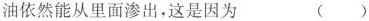
油依然能从里面渗出，这是因为 ( )